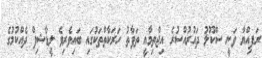
ރަފިއްޔާ ވަނީ ސްކޫލު ދައުރުއްސުރެ އިޖްތިމާއީީ ތަފާތު ހަރަކާތްތަކުގައި ބައިވެރިވެ ލީޑާޝިޕް ދެއްކުމުގެ